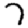
Digit: 7